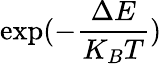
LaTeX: \exp(-\frac{\Delta E}{K_{B}T})